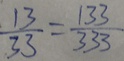
\frac { 1 3 } { 3 3 } = \frac { 1 3 3 } { 3 3 3 }